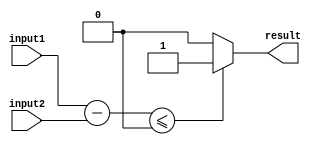
module comparator (
    input [7:0] input1,
    input [7:0] input2,
    output reg result
);

reg [8:0] difference;

always @* begin
    difference = input1 - input2;
    
    if (difference <= 0) begin
        result = 1;
    end else begin
        result = 0;
    end
end

endmodule